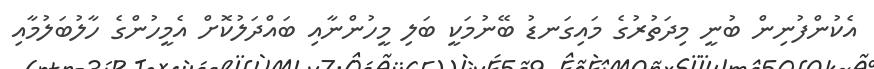
އެކުންފުނިން ބުނީ މިދަތުރުގެ މައިގަނޑު ބޭނުމަކީ ބަލި މީހުންނާއި ބައްދަލުކޮށް އެމީހުންގެ ހާލުބަލުމާއި